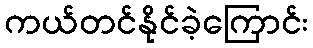
ကယ်တင်နိုင်ခဲ့ကြောင်း